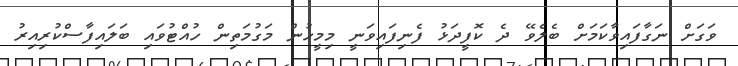
ވަގަށް ނަގާފައިވާކަމަށް ބެލެވޭ ދެ ކޮފީދަޅު ފެނިފައިވަނީ މިމީހުން މަގުމަތިން ހުއްޓުވައި ބަލައިފާސްކުރިއިރު